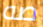
صه